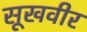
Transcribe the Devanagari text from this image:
सूखवीर